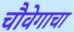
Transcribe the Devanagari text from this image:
चौवेगाचा